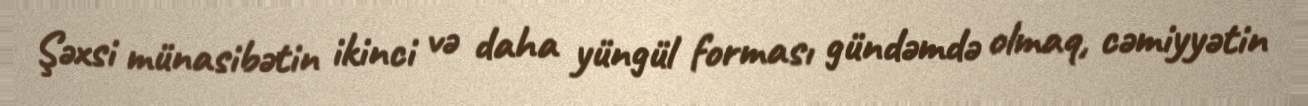
Şəxsi münasibətin ikinci və daha yüngül forması gündəmdə olmaq, cəmiyyətin